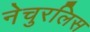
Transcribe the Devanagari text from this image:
नेचुरलिस